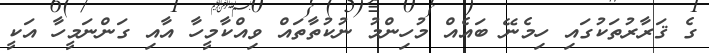
ގެ ޤަރާރުތަކުގައި ހިމެނޭ ބައެއް މުހިންމު ނުކުތާތައް ވިއްކާމީހާ އާއި ގަންނަމީހާ އަކީ